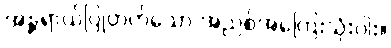
အန္တရာယ်ပြုတတ်သော အညစ်အကြေးသုံးပါး။